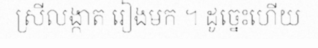
ស្រីលង្កាត រៀងមក ។ ដូច្នេះហើយ